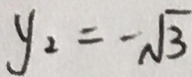
y _ { 2 } = - \sqrt { 3 }